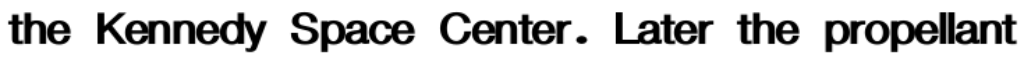
the Kennedy Space Center. Later the propellant